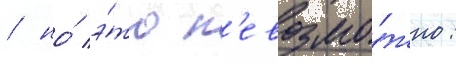
/ но́ э́то н'евозмо́жно: